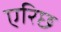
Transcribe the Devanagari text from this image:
एरिछ